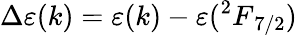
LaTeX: \Delta\varepsilon(k)=\varepsilon(k)-\varepsilon({^2F}_{7/2})